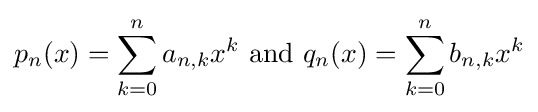
p_{n}(x)=\sum _{k=0}^{n}a_{n,k}x^{k}{\text{ and }}q_{n}(x)=\sum _{k=0}^{n}b_{n,k}x^{k}